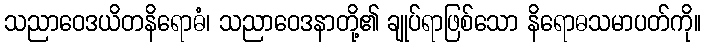
သညာဝေဒယိတနိရောဓံ၊ သညာဝေဒနာတို့၏ ချုပ်ရာဖြစ်သော နိရောဓသမာပတ်ကို။